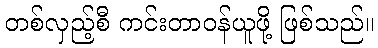
တစ်လှည့်စီ ကင်းတာဝန်ယူဖို့ ဖြစ်သည်။